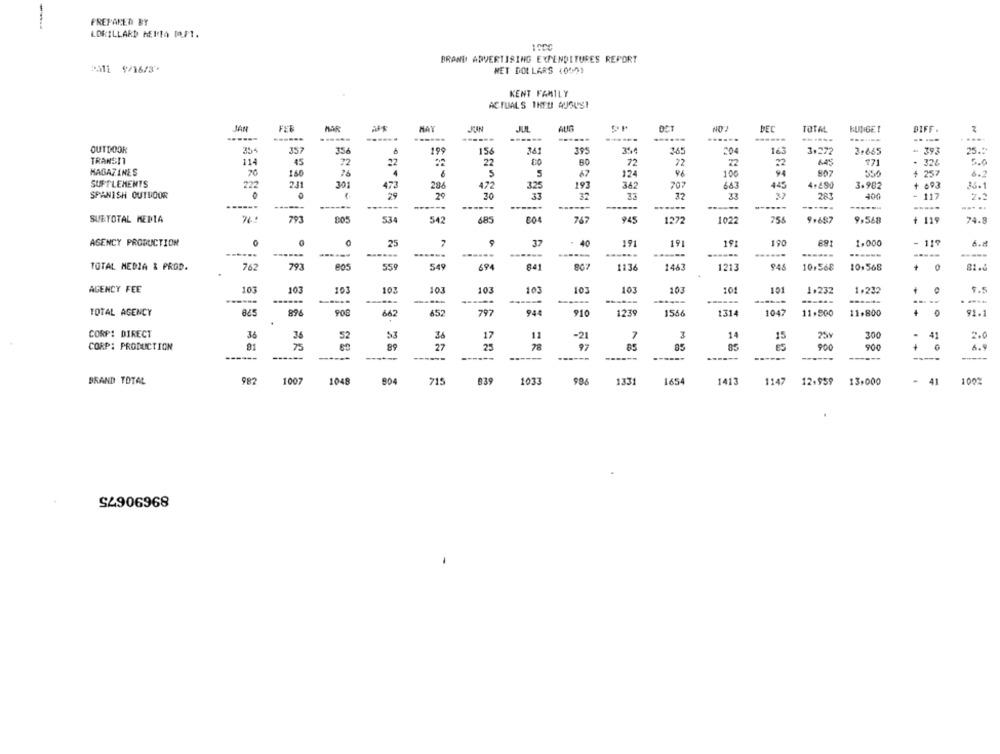
PREPARED BY
-
LORILLARD HEITA PAP1.
1000
BRAND ADVERTISING EXPENDITURES REPORT
SAT1 9/16/3.
NET DOLLARS (0501
KENT FAMILY
ACTUALS THEU AUGUST
JAN
FAR
MAR
MAY
JUL
BEC
TOTAL
BUDGET
-----.
..
DIFF .
......
......
-
OUTDOOR
354
357
356
199
156
34
395
3%
365
204
163
3.272
2.865
-
25.5
TRANSIT
115
45
72
22
22
22
72
72
324
5.0
MAGAZINES
160
26
4
5
5
67
124
100
94
807
550
257
SUPPLEMENTS
222
473
28
472
325
193
362
707
663
445
4.290
3.982
+
36-1
SPANISH OUTDOOR
29
29
32
32
283
400
117
2.2
------
------
-----
------
------
------
... ..
SUETOTAL MEDIA
76ª
793
767
945
755
9.687
+ 119
74.8
534
542
685
604
1272
1022
9,568
AGENCY PRODUCTION
37
- 40
191
19
190
891
1.000
119
6.M
25
191
-
------
------
------
------
------
------
------
79
TOTAL MEDIA & PROD.
762
POS
559
549
694
841
1136
1463
1213
948
10,568
10,568
+
81.0
.
AGENCY FEE
103
103
103
103
103
103
103
103
103
103
101
101
1.232
1.232
5.5
------
TOTAL AGENCY
898
908
662
652
797
944
910
1239
1556
1314
1047
11,900
11.800
91.1
CORP: DIRECT
34
36
52
53
36
17
11
-21
7
3
14
15
25Y
300
2.0
CORP: PRODUCTION
89
27
25
78
97
85
05
ES
900
900
+
6.9
------
----
------
------
------
------
-----
-----
BRAND TOTAL
982
1007
1048
804
715
839
1033
996
1331
1654
1413
1147
12,959
13,000
41
1002
S4906968